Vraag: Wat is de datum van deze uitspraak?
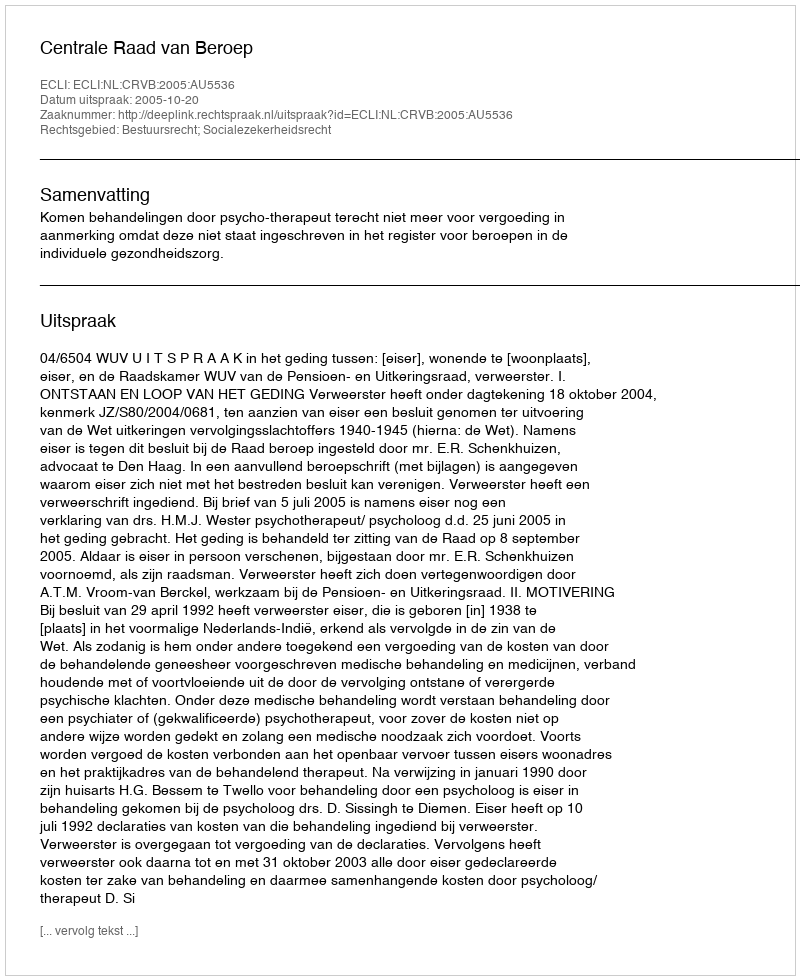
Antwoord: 2005-10-20